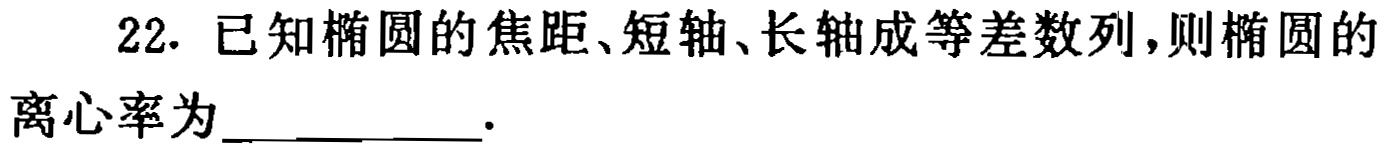
22. 已知椭圆的焦距、短轴、长轴成等差数列，则椭圆的离心率为___.